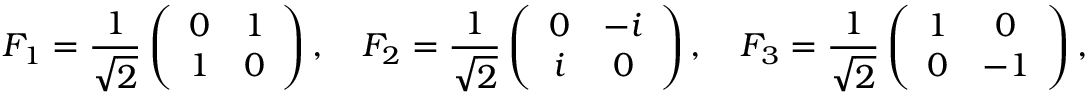
F _ { 1 } = \frac { 1 } { \sqrt { 2 } } \left( \begin{array} { c c } { 0 } & { 1 } \\ { 1 } & { 0 } \end{array} \right) , \quad F _ { 2 } = \frac { 1 } { \sqrt { 2 } } \left( \begin{array} { c c } { 0 } & { - i } \\ { i } & { 0 } \end{array} \right) , \quad F _ { 3 } = \frac { 1 } { \sqrt { 2 } } \left( \begin{array} { c c } { 1 } & { 0 } \\ { 0 } & { - 1 } \end{array} \right) ,